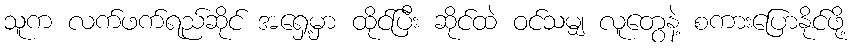
သူက လက်ဖက်ရည်ဆိုင် အရှေ့မှာ ထိုင်ပြီး ဆိုင်ထဲ ဝင်သမျှ လူတွေနဲ့ စကားပြောနိုင်ဖို့